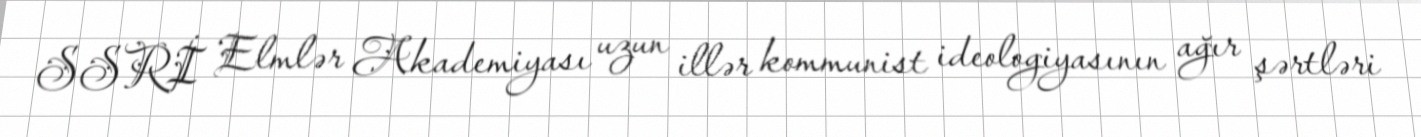
SSRİ Elmlər Akademiyası uzun illər kommunist ideologiyasının ağır şərtləri